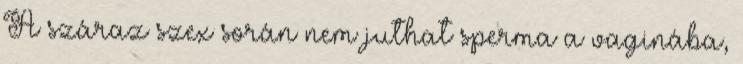
A száraz szex során nem juthat sperma a vaginába,